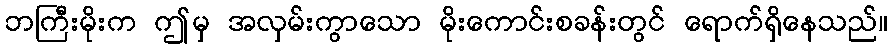
ဘကြီးမိုးက ဤမှ အလှမ်းကွာသော မိုးကောင်းစခန်းတွင် ရောက်ရှိနေသည်။